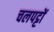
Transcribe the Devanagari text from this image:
चलपट्टों